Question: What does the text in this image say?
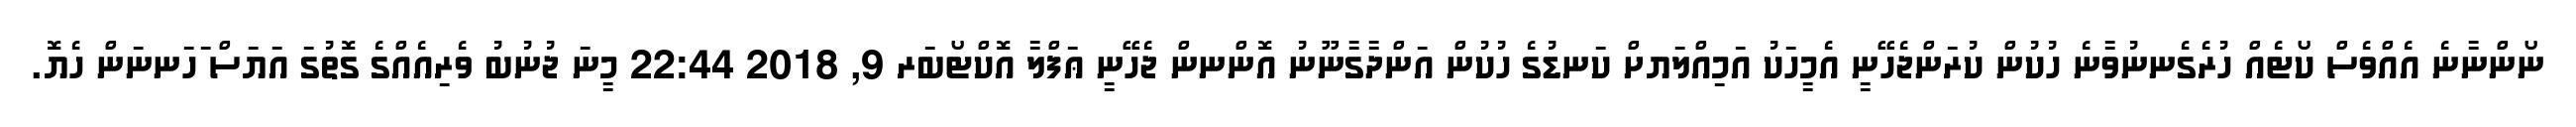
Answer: ނޯންނާނެ އެއްވެސް ކޯޓެއް ހުރެގެނނުވާނެ ހުކުން ކުރަންޖެހޭނީ އެމީހަކު އަމިއްލަޔށް ކަނޑުގެ ހުކުން އަންދާގާނޫނު އޮންނން ޖެހޭނީ ޢަފްލާ އޮކްޓޯބަރ 9, 2018 22:44 މީނަ ޖުނުބު ވެރިއެއްގެ ގޮތުގަ އަޔަސް ަހަނނަން ހެޔޮ.